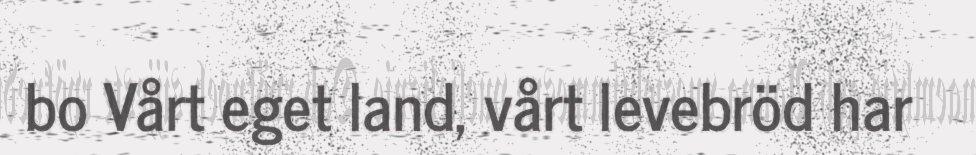
bo Vårt eget land, vårt levebröd har